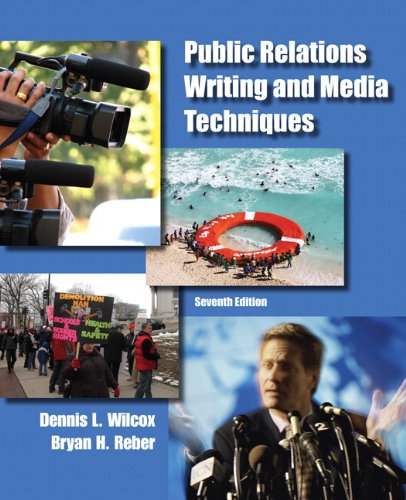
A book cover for Public Relations Writing and Media Techniques (7th Edition); Dennis L. Wilcox; Business & Money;